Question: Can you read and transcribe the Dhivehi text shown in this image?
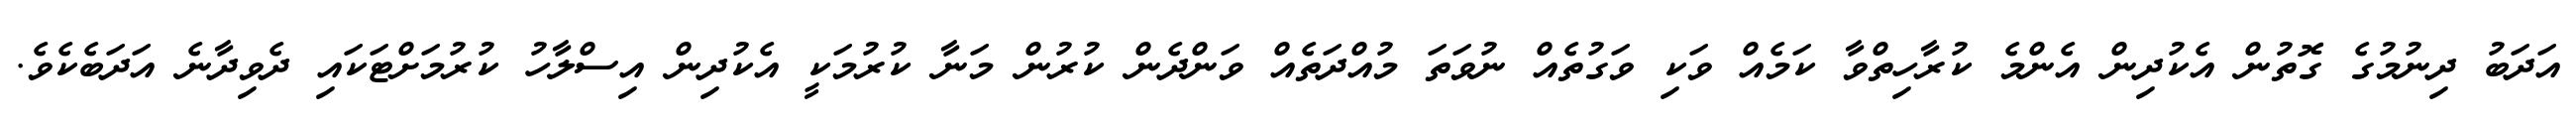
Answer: އަދަބު ދިނުމުގެ ގޮތުން އެކުދިން އެންމެ ކުރާހިތްވާ ކަމެއް ވަކި ވަގުތެއް ނުވަތަ މުއްދަތެއް ވަންދެން ކުރުން މަނާ ކުރުމަކީ އެކުދިން އިސްލާހު ކުރުމަށްޓަކައި ދެވިދާނެ އަދަބެކެވެ.